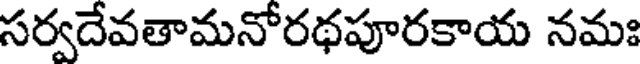
సర్వదేవతామనోరథపూరకాయ నమః